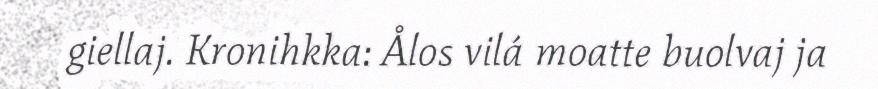
giellaj. Kronihkka: Ålos vilá moatte buolvaj ja